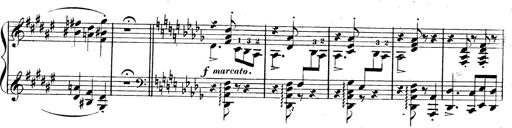
Title: 3 Caprices-Valses
Composer: Franz Liszt